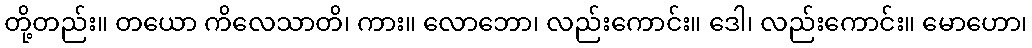
တို့တည်း။ တယော ကိလေသာတိ၊ ကား။ လောဘော၊ လည်းကောင်း။ ဒေါ၊ လည်းကောင်း။ မောဟော၊